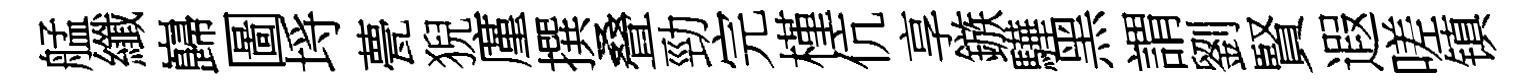
艋纖巋圖埓甍猊廑撰叠勁完槿伉享鏃驊黑謂劉賢遐嗟镇